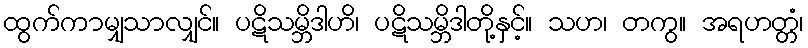
ထွက်ကာမျှသာလျှင်။ ပဋိသမ္ဘိဒါဟိ၊ ပဋိသမ္ဘိဒါတို့နှင့်။ သဟ၊ တကွ။ အရဟတ္တံ၊